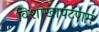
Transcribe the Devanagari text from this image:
विशाखापटणम